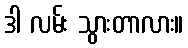
ဒါ လမ်း သွားတာလား။